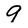
Character: 9